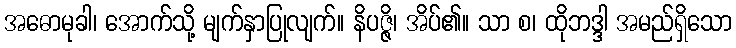
အဓောမုခါ၊ အောက်သို့ မျက်နှာပြုလျက်။ နိပဇ္ဇိ၊ အိပ်၏။ သာ စ၊ ထိုဘဒ္ဒါ အမည်ရှိသော